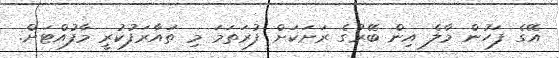
އޭގެ ފަހުން މާލެ އިން ބޭރުގެ ރަށަކަށް ފުރަތަމަ މި ތައާރަފުކުރީ މާފުއްޓަށް.